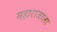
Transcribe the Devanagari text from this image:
महाराजाला